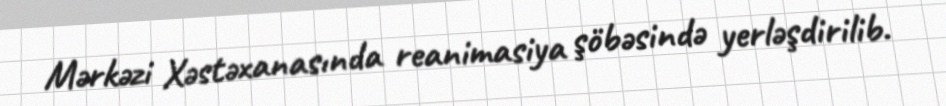
Mərkəzi Xəstəxanasında reanimasiya şöbəsində yerləşdirilib.